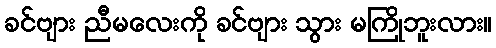
ခင်ဗျား ညီမလေးကို ခင်ဗျား သွား မကြိုဘူးလား။